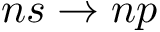
n s \rightarrow n p